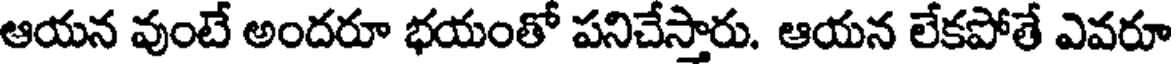
ఆయన వుంటే అందరూ భయంతో పనిచేస్తారు. ఆయన లేకపోతే ఎవరూ